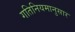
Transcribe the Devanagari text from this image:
गतिनियमानुसार